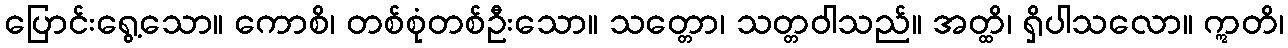
ပြောင်းရွေ့သော။ ကောစိ၊ တစ်စုံတစ်ဦးသော။ သတ္တော၊ သတ္တဝါသည်။ အတ္ထိ၊ ရှိပါသလော။ ဣတိ၊